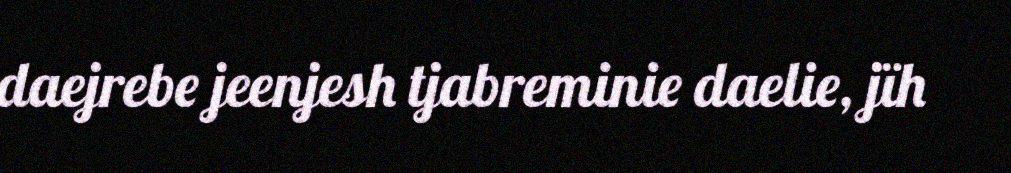
daejrebe jeenjesh tjabreminie daelie, jïh